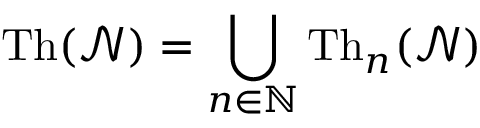
{ \mathrm { T h } } ( { \mathcal { N } } ) = \bigcup _ { n \in \mathbb { N } } { \mathrm { T h } } _ { n } ( { \mathcal { N } } )